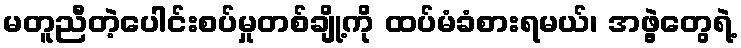
မတူညီတဲ့ပေါင်းစပ်မှုတစ်ချို့ကို ထပ်မံခံစားရမယ်၊ အဖွဲ့တွေရဲ့